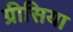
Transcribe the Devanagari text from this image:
ग्रीसिया